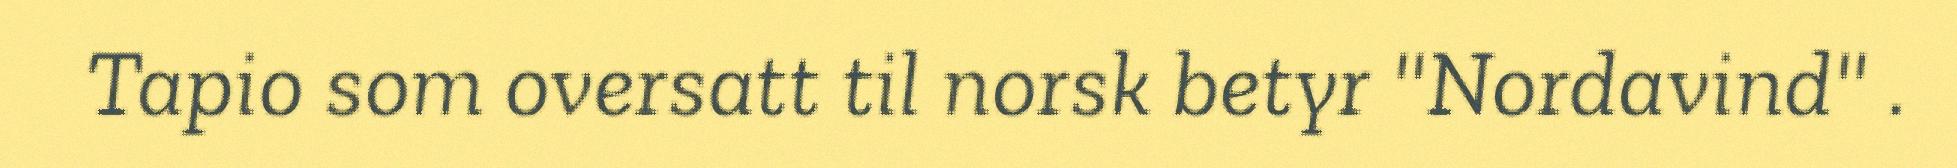
Tapio som oversatt til norsk betyr "Nordavind" .